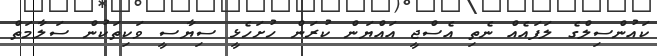
ކައުންސިލްގެ ލަފައެއް ނެތި އެސްޖީ އައްޔަން ކުރަން ހުށަހެޅީ ސިޔާސީ ވަކިތަކުން ސަލާމަތް